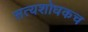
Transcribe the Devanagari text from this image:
सत्यशोधकच